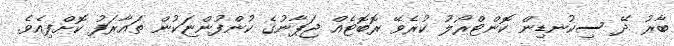
ބާރު ދޭ ސިކުނޑިން ކޮންޓްރޯލު ކުރެވޭ ރޮބޮޓެއް ޖަޕާނުގެ ކުންފުންޏަކުން ތައާރަފު ކޮށްފިއެވެ.